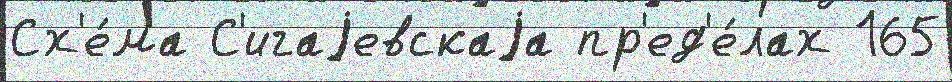
Сх'е́ма С'игаjевскаjа пр'ед'е́лах 165